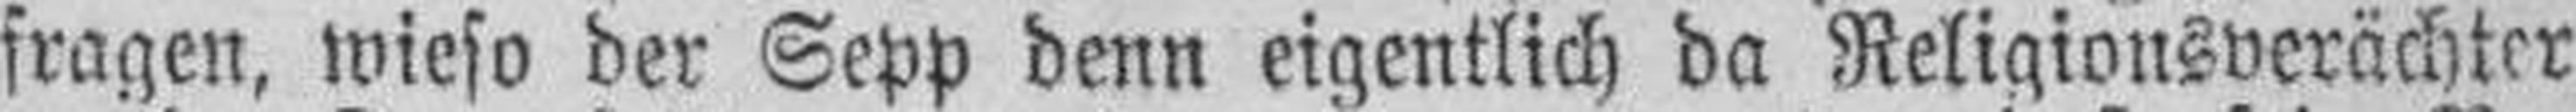
fragen, wieso der Sepp denn eigentlich da Religionsverächter